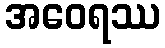
အဝေရဿ